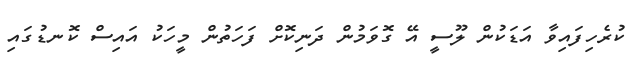
ކުރެހިފައިވާ އަޑަކުން ލޫސީ އޭ ގޮވަމުން ދަނިކޮށް ފަހަތުން މީހަކު އައިސް ކޮނޑުގައި